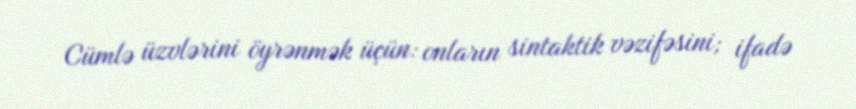
Cümlə üzvlərini öyrənmək üçün: onların sintaktik vəzifəsini; ifadə